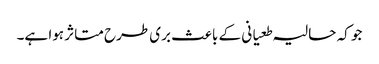
جو کہ حالیہ طعیانی کے باعث بری طرح متاثر ہوا ہے۔